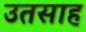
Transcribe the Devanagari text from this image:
उतसाह